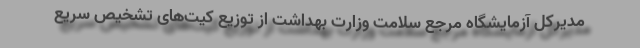
مدیرکل آزمایشگاه مرجع سلامت وزارت بهداشت از توزیع کیت‌های تشخیص سریع